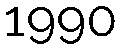
1990